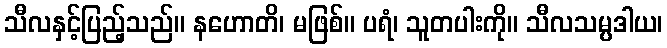
သီလနှင့်ပြည့်သည်။ နဟောတိ၊ မဖြစ်။ ပရံ၊ သူတပါးကို။ သီလသမ္ပဒါယ၊